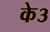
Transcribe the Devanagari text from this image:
के३